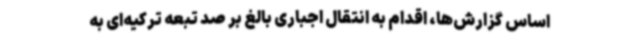
اساس گزارش‌ها، اقدام به انتقال اجباری بالغ بر صد تبعه ترکیه‌ای به